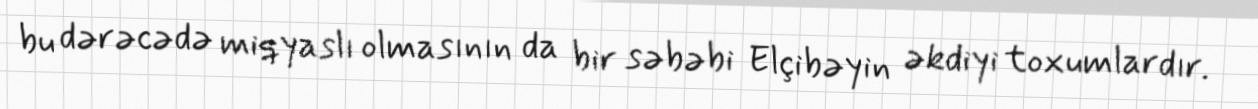
bu dərəcədə miqyaslı olmasının da bir səbəbi Elçibəyin əkdiyi toxumlardır.